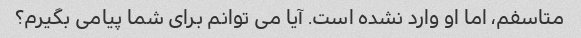
متاسفم، اما او وارد نشده است. آیا می توانم برای شما پیامی بگیرم؟